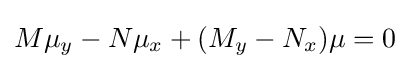
M\mu _{y}-N\mu _{x}+(M_{y}-N_{x})\mu =0